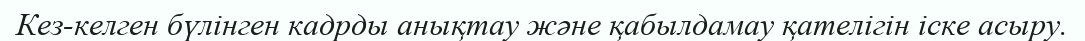
Кез-келген бүлінген кадрды анықтау және қабылдамау қателігін іске асыру.